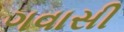
ગવાસી